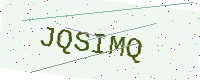
Text: JQSIMQ